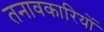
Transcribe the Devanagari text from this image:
तनावकारियों